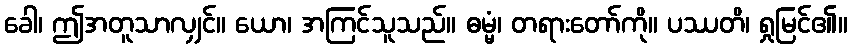
ခေါ၊ ဤအတူသာလျှင်။ ယော၊ အကြင်သူသည်။ ဓမ္မံ၊ တရားတော်ကို။ ပဿတိ၊ ရှုမြင်၏။